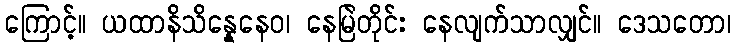
ကြောင့်။ ယထာနိသိန္နေနေဝ၊ နေမြဲတိုင်း နေလျက်သာလျှင်။ ဒေသတော၊